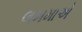
લખમાએ